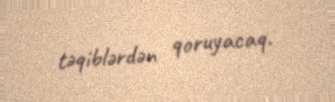
təqiblərdən qoruyacaq.